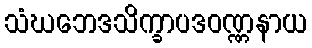
သံဃဘေဒသိက္ခာပဒဝဏ္ဏနာယ